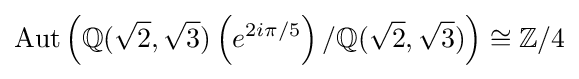
\mathrm {Aut} \left(\mathbb {Q} ({\sqrt {2}},{\sqrt {3}})\left(e^{2i\pi /5}\right)/\mathbb {Q} ({\sqrt {2}},{\sqrt {3}})\right)\cong \mathbb {Z} /4